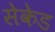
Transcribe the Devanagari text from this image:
सेकेड